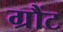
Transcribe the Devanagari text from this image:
ग्रौंट